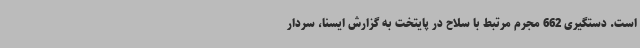
است. دستگیری 662 مجرم مرتبط با سلاح در پایتخت به گزارش ایسنا، سردار